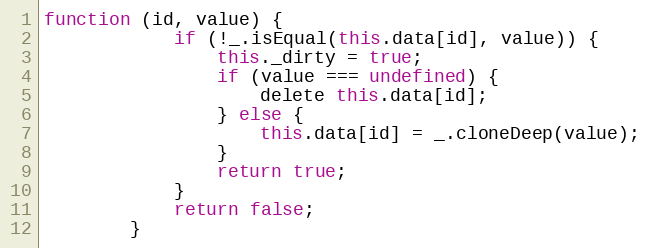
Language: JavaScript
function (id, value) {
            if (!_.isEqual(this.data[id], value)) {
                this._dirty = true;
                if (value === undefined) {
                    delete this.data[id];
                } else {
                    this.data[id] = _.cloneDeep(value);
                }
                return true;
            }
            return false;
        }